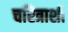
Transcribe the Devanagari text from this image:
चरित्राशी